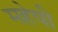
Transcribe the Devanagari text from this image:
महेषी